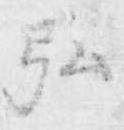
弘